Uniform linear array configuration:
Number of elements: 4
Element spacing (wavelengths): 0.75
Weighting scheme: blackman
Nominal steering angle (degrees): -30
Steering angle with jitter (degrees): -30.664
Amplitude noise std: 0.05
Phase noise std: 0.05

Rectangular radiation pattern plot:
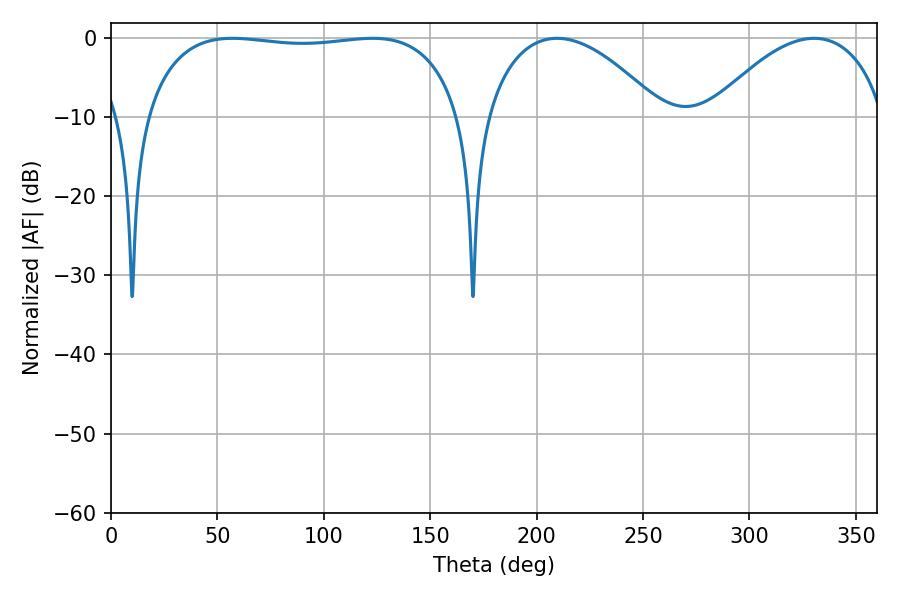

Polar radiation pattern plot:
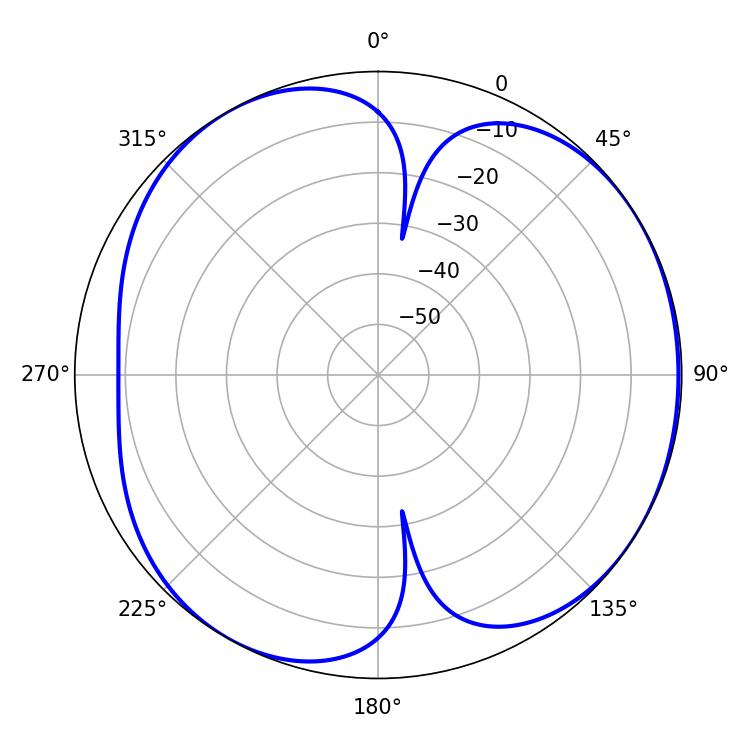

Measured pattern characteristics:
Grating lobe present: TRUE
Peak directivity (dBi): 4.932
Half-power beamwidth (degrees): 119.16
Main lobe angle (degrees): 57.06